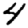
Digit: 4